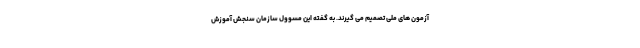
آزمون های ملی تصمیم می گیرند. به گفته این مسوول سازمان سنجش آموزش